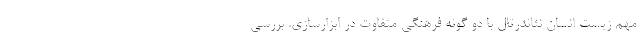
مهم زیست انسان نئاندرتال با دو گونه فرهنگی متفاوت در ابزارسازی. بررسی